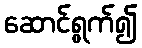
ဆောင်ရွက်၍